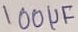
Text: 100µF